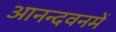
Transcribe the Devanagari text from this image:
आनन्दवनमें